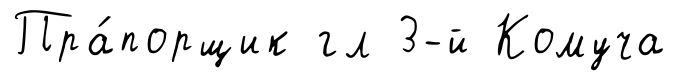
Пра́порщик гл 3-й Комуча